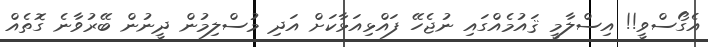
އެގޯސްވީ!! އިސްލާމީ ޤައުމެއްގައި ނުޖެހޭ ފައްޅިއަޅާކަށް އަދި މުސްލިމުން ދީނުން ބޭރުވާނެ ގޮތެއް